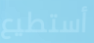
أستطيع